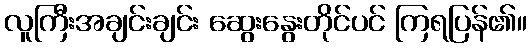
လူကြီးအချင်းချင်း ဆွေးနွေးတိုင်ပင် ကြရပြန်၏။